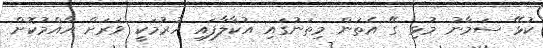
ކުޅޭ ސަމާނު މުޅި ގޭ އެތަން މިތަނުގައި އުކާލާފައި ހުރުމަކީ ވަރަށް އާއްމުކޮށް